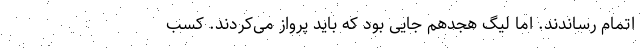
اتمام رساندند. اما لیگ هجدهم جایی بود که باید پرواز می‌کردند. کسب